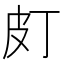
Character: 𤿆